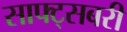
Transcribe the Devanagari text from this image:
साफ्ट्सबरी